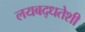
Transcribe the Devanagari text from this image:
लयबद्धतेशी